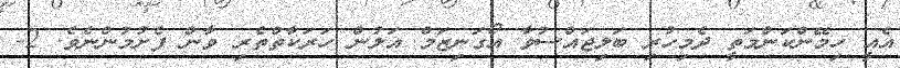
އެއީ ހިމޭންކަންމަތީ ދެމިހުރި ބަލިޖައްސުވާ އޯގަނިޒަމް އަލުން ހަރަކާތްތެރި ވާން ފެށުމުންނެވެ. 2-